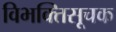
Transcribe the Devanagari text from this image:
विभक्तिसूचक